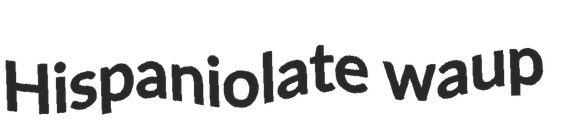
Hispaniolate waup